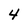
Character: 4